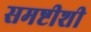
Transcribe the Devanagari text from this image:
समष्टीशी